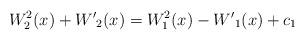
LaTeX: \begin{align*}W_2^2 (x) + {W'}_2 (x) = W_1^2 (x) - {W'}_1 (x) + c_1\end{align*}